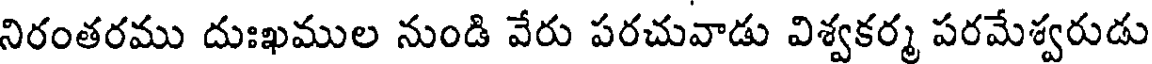
నిరంతరము దుఃఖముల నుండి వేరు పరచువాడు విశ్వకర్మ పరమేశ్వరుడు